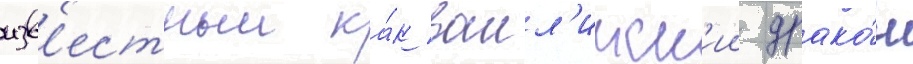
изв'естныи ка́к валл'ииск'ии драко́н